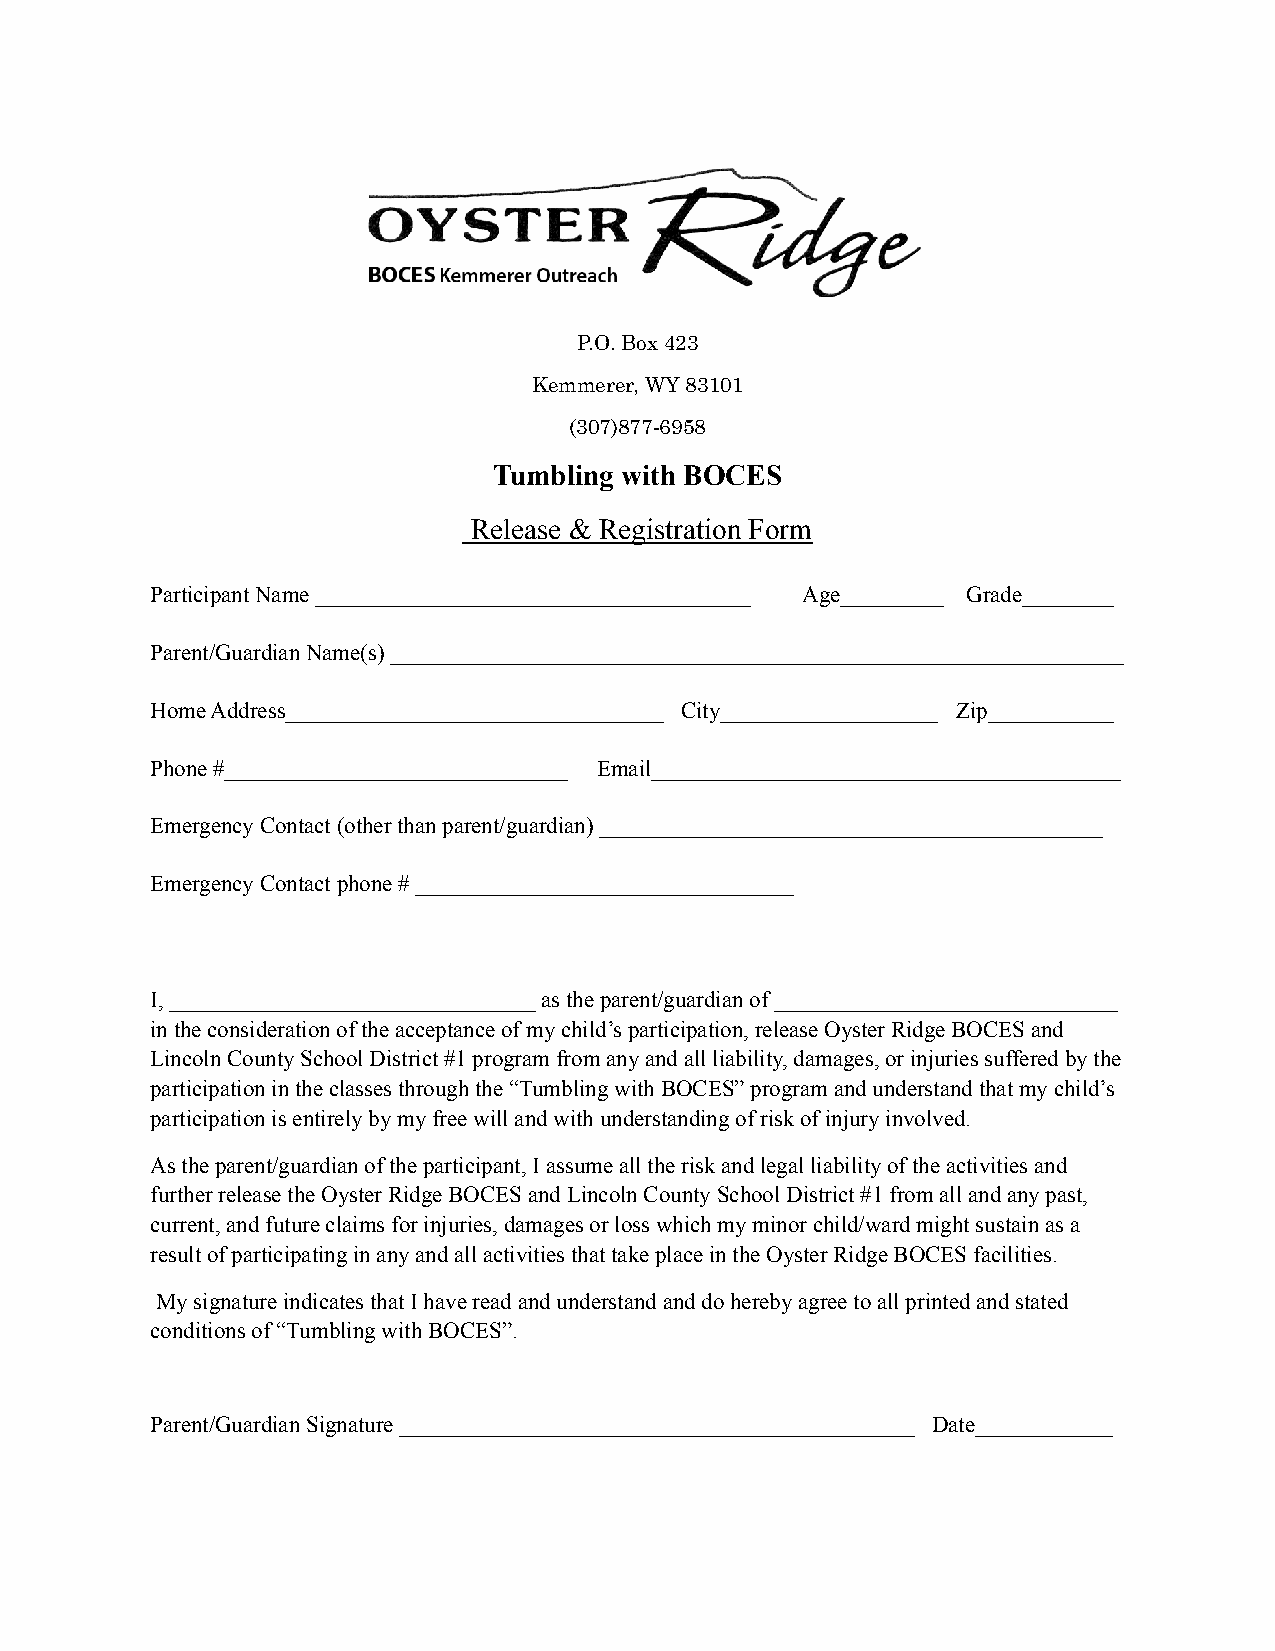
P.O. Box 423
 Kemmerer, WY 83101
 (307)877-6958
 Tumbling with BOCES
 Release & Registration Form
 Participant Name ______________________________________ Age_________ Grade________
 Parent/Guardian Name(s) ________________________________________________________________
 Home Address_________________________________ City___________________ Zip___________
 Phone #______________________________ Email_________________________________________
 Emergency Contact (other than parent/guardian) ____________________________________________
 Emergency Contact phone # _________________________________
 I, ________________________________ as the parent/guardianof ______________________________
 in the consideration of the acceptance of my child’sparticipation, release Oyster Ridge BOCES and
 Lincoln County School District #1 program from anyand all liability, damages, or injuries sufferedby the
 participation in the classes through the “Tumblingwith BOCES” program and understand that my child’s
 participation is entirely by my free will and withunderstanding of risk of injury involved.
 As the parent/guardian of the participant, I assumeall the risk and legal liability of the activitiesand
 further release the Oyster Ridge BOCES and LincolnCounty School District #1 from all and any past,
 current, and future claims for injuries, damages orloss which my minor child/ward might sustain as a
 result of participating in any and all activitiesthat take place in the Oyster Ridge BOCES facilities.
 My signature indicates that I have read and understandand do hereby agree to all printed and stated
 conditions of “Tumbling with BOCES”.
 Parent/Guardian Signature _____________________________________________ Date____________